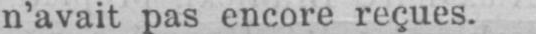
n’avait pas encore reçues.